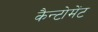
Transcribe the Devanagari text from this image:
कैन्‍टोमेंट